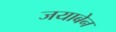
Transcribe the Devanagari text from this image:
जयाबेन